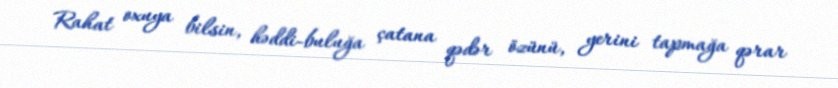
Rahat oxuya bilsin, həddi-buluğa çatana qədər özünü, yerini tapmağa qərar